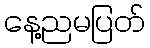
နေ့ညမပြတ်